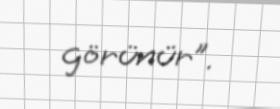
görünür”.